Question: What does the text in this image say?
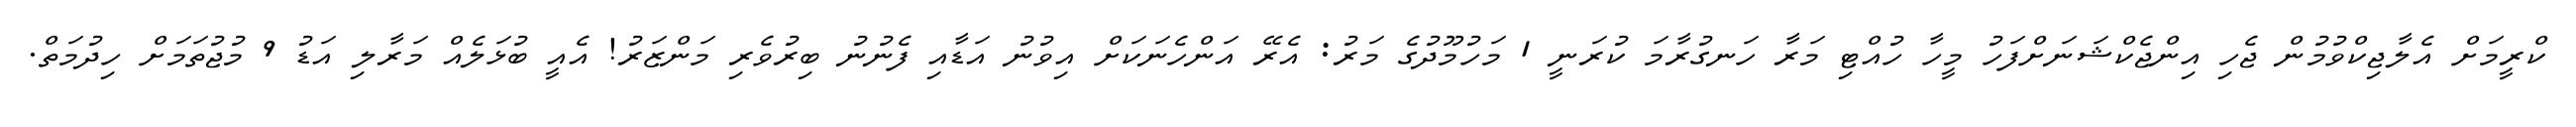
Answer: ކްރީމަށް އެލާޖިކްވުމުން ޖެހި އިންޖެކްޝަނަށްފަހު މީހާ ހުއްޓި މަރާ ހަނގުރާމަ ކުރަނީ 1 މަހުމޫދުގެ މަރު: އެރޭ އަންހެނަކަށް އިވުނު އަޑާއި ފެނުނު ބިރުވެރި މަންޒަރު! އެއީ ބުޅަލެއް މަރާލި އަޑު 9 މުޖުތަމަށް ހިދުމަތް.